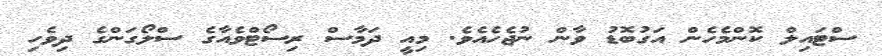
ސްޓައިލް ކޮންމެހެން އަގުބޮޑު ވާން ނުޖެހެއެވެ. މިއީ ދަމާސް ރިސޯޓްވެއާގެ ސްލޯގަންގެ ދިވެހި